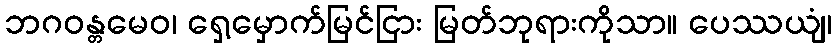
ဘဂဝန္တမေဝ၊ ရှေ့မှောက်မြင်ငြား မြတ်ဘုရားကိုသာ။ ပေဿယျံ၊